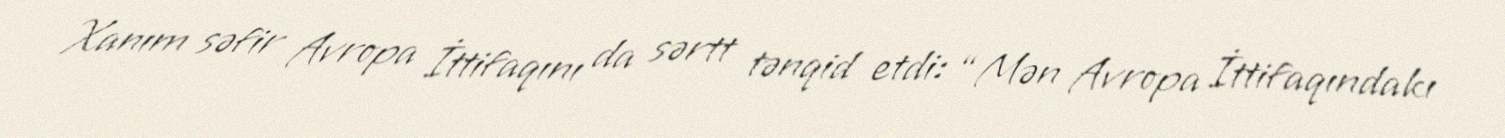
Xanım səfir Avropa İttifaqını da sərtt tənqid etdi: “Mən Avropa İttifaqındakı